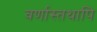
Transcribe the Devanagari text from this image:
वर्णास्तथापि